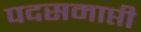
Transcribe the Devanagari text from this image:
पदसमाप्ती